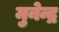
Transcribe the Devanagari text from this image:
मुनेन्द्र